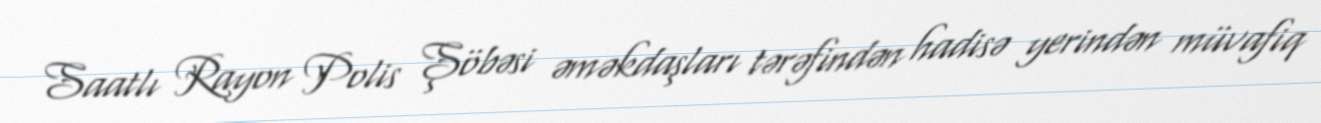
Saatlı Rayon Polis Şöbəsi əməkdaşları tərəfindən hadisə yerindən müvafiq